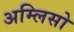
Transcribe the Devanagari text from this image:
अम्लिसो